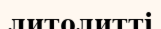
литолитті